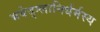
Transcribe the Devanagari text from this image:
भवेद्‌ग्लानिर्धर्मस्य